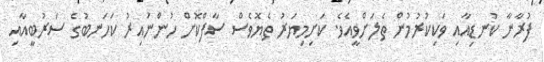
ފުރާނާ ކުނޑިއާއި ވަކިކުރުމުން ތެލަށްވީއެވެ. ކަށިމިޔަރު ތެޔޮވެސް ސާފްކޮށް ހުންނައިރު ކަހަނބުގެ ސަރުބީއާއި